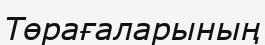
Төрағаларының